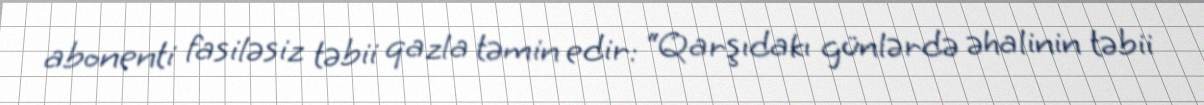
abonenti fasiləsiz təbii qazla təmin edir: “Qarşıdakı günlərdə əhalinin təbii